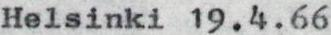
Helsinki 19.4.66